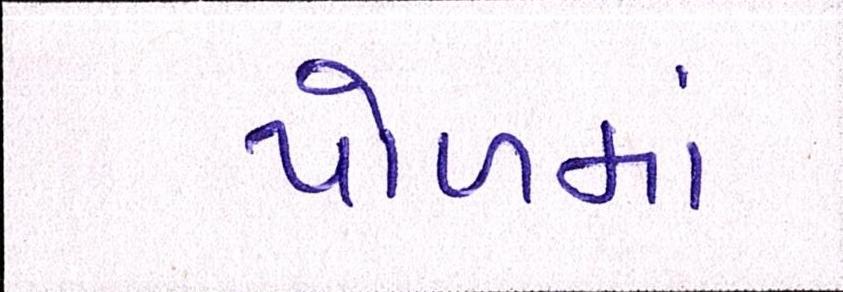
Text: પોળમાં